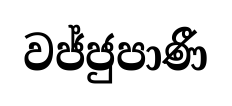
වජ්ජුපාණී